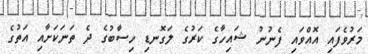
މަރުވެފައި އޮއްވައި ފެނުނު ޝައިހާގެ ކަރުގެ ލަގޮނޑި ހިސާބުގެ ދެ ތަނަކަށާއި އަތުގެ